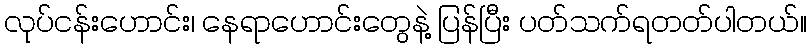
လုပ်ငန်းဟောင်း၊ နေရာဟောင်းတွေနဲ့ ပြန်ပြီး ပတ်သက်ရတတ်ပါတယ်။